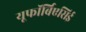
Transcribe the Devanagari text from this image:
यूफॉर्बिएसिई